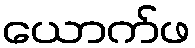
ယောက်ဖ